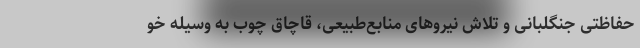
حفاظتی جنگلبانی و تلاش نیروهای منابع‌طبیعی، قاچاق چوب به وسیله خو